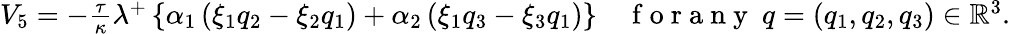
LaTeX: \begin{array}{r}{V_{5}=-\frac{\tau}{\kappa}\lambda^{+}\left\lbrace\alpha_{1}\left(\xi_{1}q_{2}-\xi_{2}q_{1}\right)+\alpha_{2}\left(\xi_{1}q_{3}-\xi_{3}q_{1}\right)\right\rbrace\quad\mathrm{~f~o~r~a~n~y~}~q=(q_{1},q_{2},q_{3})\in\mathbb{R}^{3}.}\end{array}